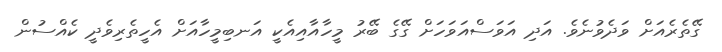
ގޭތެރެއަށް ވަދެވުނެވެ. އަދި އަވަސްއަވަހަށް ގޭގެ ބޭރު މީހާއާއިއެކީ އަނބިމީހާއަށް އެހީތެރިވެދީ ކެއްސުން